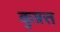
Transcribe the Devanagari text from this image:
कुन्नत्त